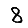
Digit: 8